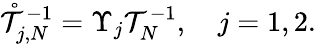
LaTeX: \begin{array}{r}{\mathring{\mathcal{T}}_{j,N}^{-1}=\Upsilon_{j}\mathcal{T}_{N}^{-1},\quad j=1,2.}\end{array}